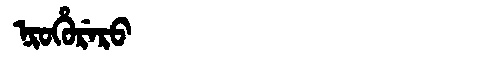
Manchu: ᠨᡳᠣᡥᡠᡵᡝᡵᠣ
Romanization: NIOHURERO